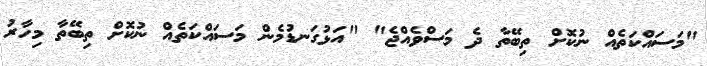
"މަސައްކަތެއް ނުކޮށް ތިބޭތާ ދެ މަސްވެއްޖެ" "އަޅުގަނޑުމެން މަސައްކަތެއް ނުކޮށް ތިބޭތާ މިހާރު